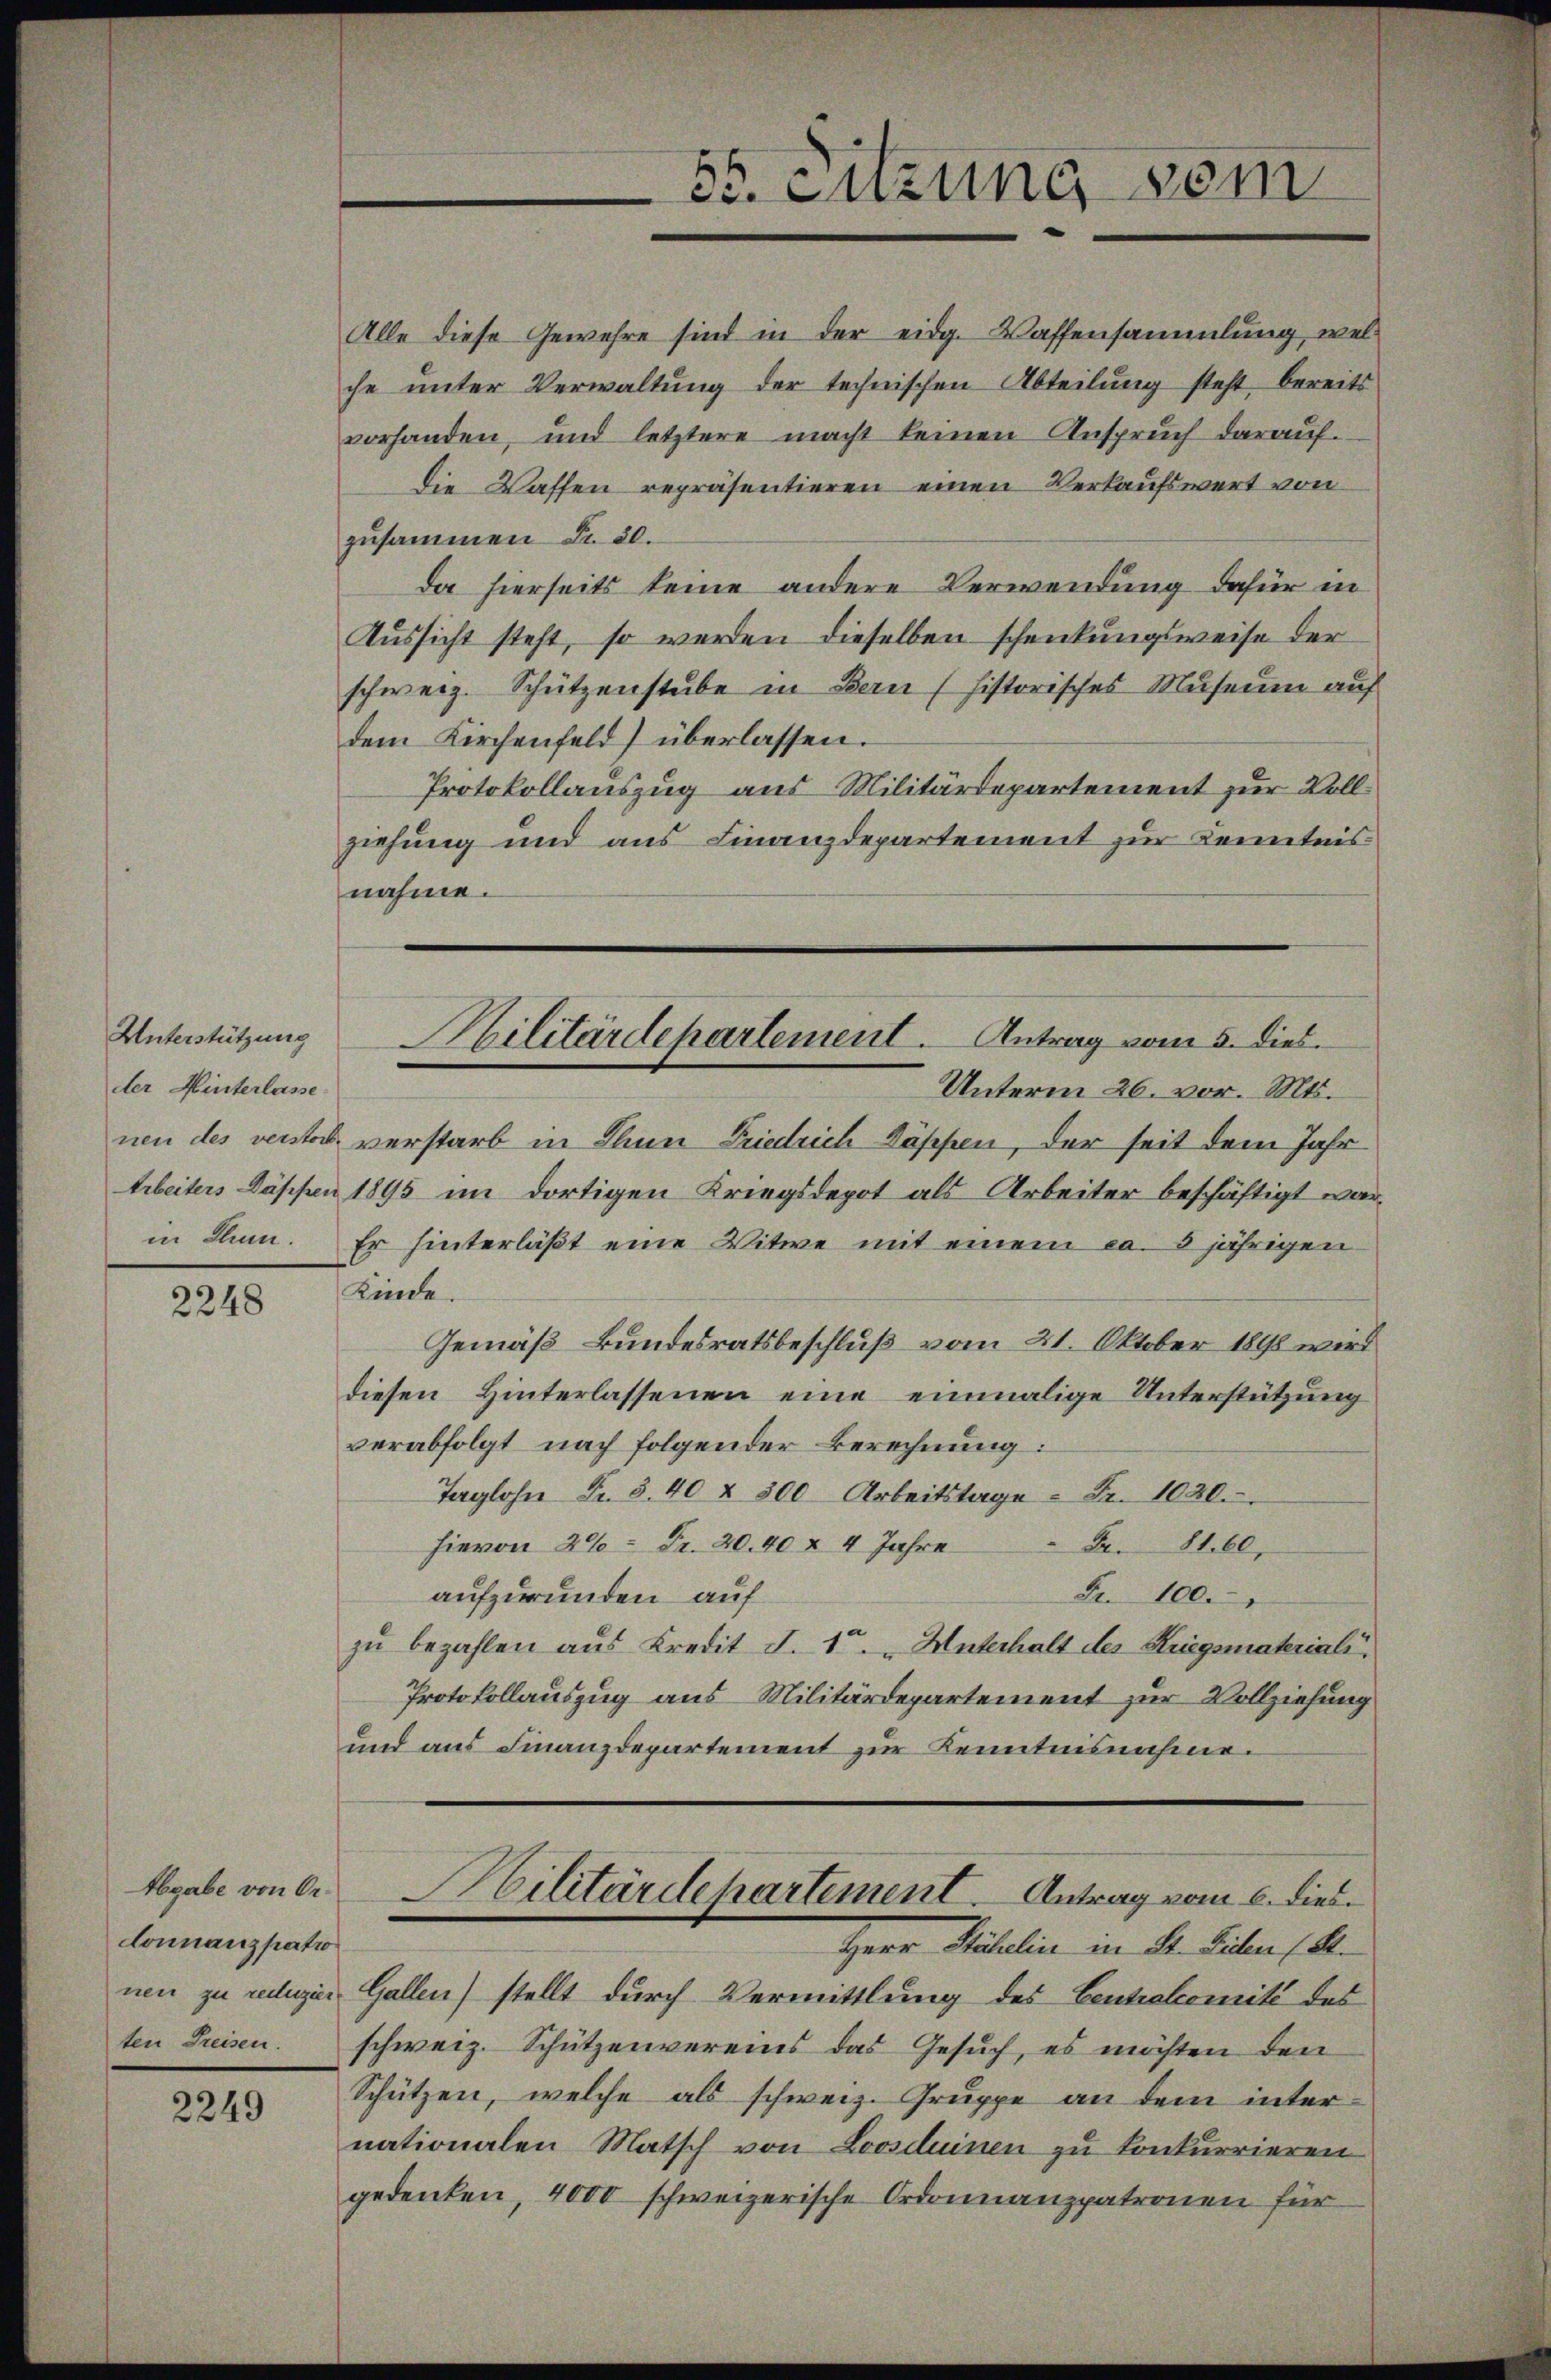
Unterstützung
der Hinterlasse

2248

Abgabe von Or
donnanzpatro

2249

55. Sitzung vom

Alle diese Gewehre sind in der eidg. Waffensammlung, wel
che unter Verwaltung der technischen Abteilung steht, bereits
vorhanden, und letztere macht keinen Anspruch darauf.
die Waffen repräsentieren einen Verkaufswert von
zusammen Fr. 30.
da hierseits keine andere Verwendung dafür in
Aussicht steht, so werden dieselben schenkungsweise der
schweiz. Schützenstube in Bern (historisches Museum auf
dem Kirchenfeld) überlassen.
Protokollauszug aus Militärdepartement zur Vollziehung und aus Finanzdepartement zur Kenntnis
nahme.
Unterm 26. vor. Mts.
nen des verstors verstarb in Thun Friedrich Köppen, der seit dem Jahr
Arbeiters Dappen 1895 im dortigen Kriegsdepot als Arbeiter beschäftigt warin Sinn. Er hinterläβt eine Vitwe mit einem ca. 3 jährigen
Kinde.
Gemäß Bundesratsbeschluß vom 21. Oktober 1890 wird
diesen Hinterlassenen eine einmalige Unterstützung
verabfolgt nach folgender Berechnung:
Taglohn Fr. 3.40 & 500 Arbeitstage - Fr. 1020.
hievon 26. Fr. 20. 40 & 4 Jahre Fr. 816,
Fr. 100.
aufzurunden auf
zŭ bezahlen aus Kredit J. 15. „Unterhalt des Kriegsmateriali.
Protokollauszug aus Militärdepartement zur Vollziehung
und aus Finanzdepartement zur Kenntnisnahme.

Militärdepartement. Antrag vom 5. dies

Herr Hotelin in Dr. Leben (S.
nen zu rediger Gallen) stellt durch Vermittlung des Centralcomité des
ten Preisen. schweiz. Schützenvereins das Gesŭch, es möchten den
Schützen, welche als schweiz. Gruppe an dem internationalen Matsch von Loosduinen zu konkurrieren
gedenken, 4000 schweizerische Ordonnanzpatronen für

Militärdehartement. Antrag vom 6. dies